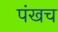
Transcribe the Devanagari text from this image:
पंखच